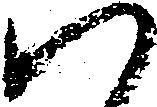
ハ